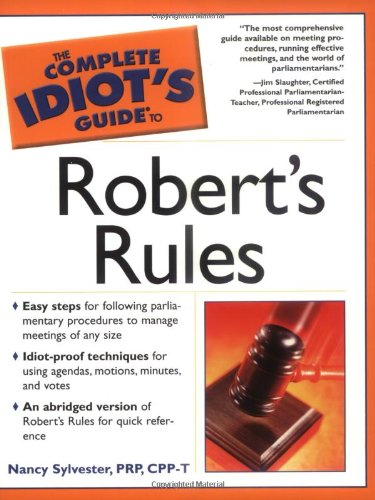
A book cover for The Complete Idiot's Guide to Robert's Rules; Nancy Sylvester MA  PRP  CPP-T; Reference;